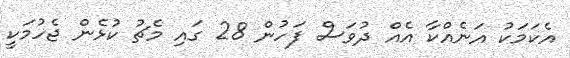
އެކަމަކު އަނެއްކާ އެއް ދުވަސް ފަހުން 28 ގައި މެޗު ކުޅެން ޖެހުމަކީ